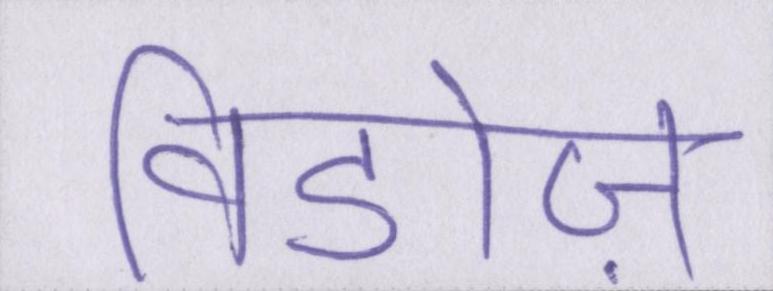
विडोज़